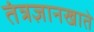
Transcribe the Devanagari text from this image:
तंत्रज्ञानखाते